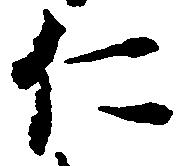
仁